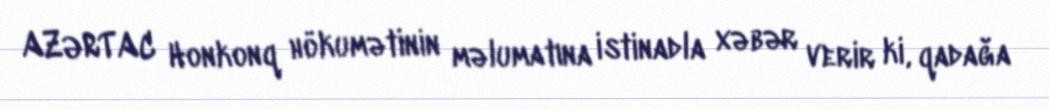
AZƏRTAC Honkonq hökumətinin məlumatına istinadla xəbər verir ki, qadağa